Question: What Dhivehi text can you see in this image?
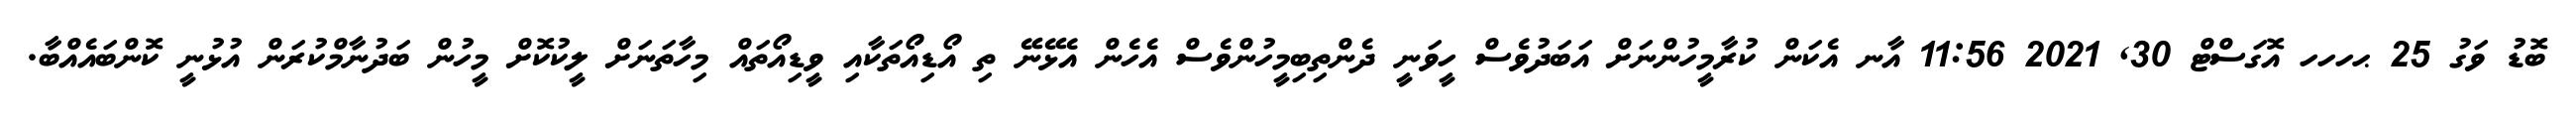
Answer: ބޮޑު ވަގު 25 ޙހހހ އޮގަސްޓް 30, 2021 11:56 އާނ އެކަން ކުރާމީހުންނަށް އަބަދުވެސް ހީވަނީ ދެންތިބިމީހުންވެސް އެހެން އެޅޭނޭ ތި އޯޑިއޯތަކާއި ވީޑިއޯތައް މިހާތަނަށް ލީކުކޮށް މީހުން ބަދުނާމްކުރަން އުޅުނީ ކޮންބައެއްބާ.